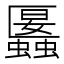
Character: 𧓱